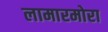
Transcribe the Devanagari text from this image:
लामारमोरा